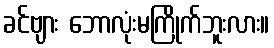
ခင်ဗျား ဘောလုံးမကြိုက်ဘူးလား။